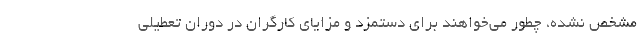
مشخص نشده، چطور می‌خواهند برای دستمزد و مزایای کارگران در دوران تعطیلی